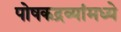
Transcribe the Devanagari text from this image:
पोषकद्रव्यांमध्ये